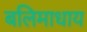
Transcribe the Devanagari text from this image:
बलिमाधाय